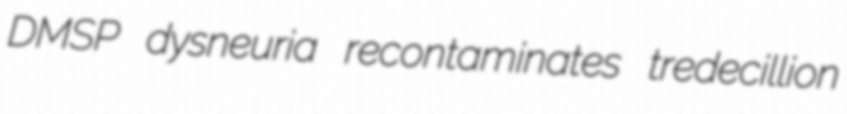
DMSP dysneuria recontaminates tredecillion